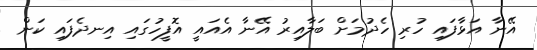
އޭނާ އަޅާފައި ހުރި ހެދުމަށް ބަލާއިރު އޭނާ އެއައީ އޮފީހުގައި އިނދެފައި ކަން